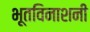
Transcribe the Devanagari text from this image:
भूतविनाशनी